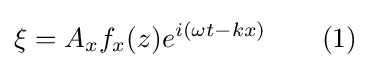
\xi =A_{x}f_{x}(z)e^{i(\omega t-kx)}\quad \quad (1)